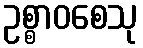
ဥစ္စာဝစေသု